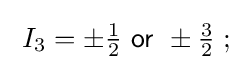
\;I_{3}=\pm {\tfrac {1}{2}}~{\mathsf {or}}~\pm {\tfrac {3}{2}}\;;